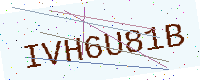
Text: IVH6U81B